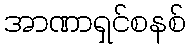
အာဏာရှင်စနစ်